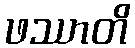
ဖဿာတိ